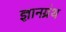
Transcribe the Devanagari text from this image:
ज्ञानग्रंथ